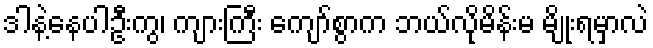
ဒါနဲ့နေပါဦးကွ၊ ကျားကြီး ကျော်စွာက ဘယ်လိုမိန်းမ မျိုးရမှာလဲ